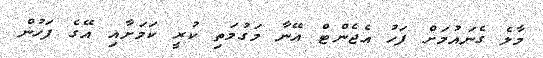
މާލެ ގެނައުމަށް ފަހު އެޖެންޓް އޭނާ މަގުމަތި ކުރީ ކަމަށާއި އޭގެ ފަހުން